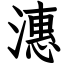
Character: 潓